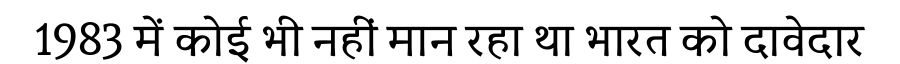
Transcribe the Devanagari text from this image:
1983 में कोई भी नहीं मान रहा था भारत को दावेदार